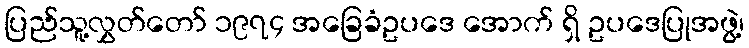
ပြည်သူ့လွှတ်တော် ၁၉၇၄ အခြေခံဥပဒေ အောက် ရှိ ဥပဒေပြုအဖွဲ့၊